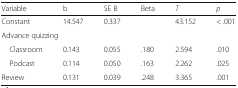
<table><thead><tr><td><b>Variable</b></td><td><b>b</b></td><td><b>SE B</b></td><td><b>Beta</b></td><td><b><i>T</i></b></td><td><b><i>p</i></b></td></tr></thead><tbody><tr><td>Constant</td><td>14.547</td><td>0.337</td><td></td><td>43.152</td><td>&lt; .001</td></tr><tr><td colspan="6">Advance quizzing</td></tr><tr><td> Classroom</td><td>0.143</td><td>0.055</td><td>.180</td><td>2.594</td><td>.010</td></tr><tr><td> Podcast</td><td>0.114</td><td>0.050</td><td>.163</td><td>2.262</td><td>.025</td></tr><tr><td>Review</td><td>0.131</td><td>0.039</td><td>.248</td><td>3.365</td><td>.001</td></tr></tbody></table>